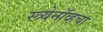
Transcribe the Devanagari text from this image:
स्त्र्येनॉव्हचा